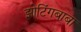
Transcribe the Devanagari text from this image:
झोटिंगबाबा